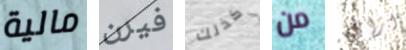
مالية فيرن كذلك من ازال